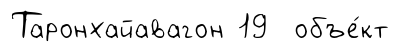
Таронхайавагон 19 объе́кт